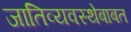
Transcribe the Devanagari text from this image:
जातिव्यवस्थेबाबत